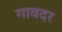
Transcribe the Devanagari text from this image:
गावदर